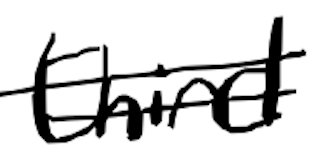
Text: third
Cross-out: double-line
Writing tool: digital_black